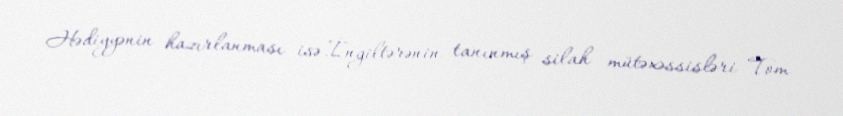
Hədiyyənin hazırlanması isə İngiltərənin tanınmış silah mütəxəssisləri Tom